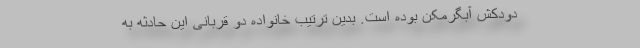
دودکش آبگرمکن بوده است. بدین ترتیب خانواده دو قربانی این حادثه به